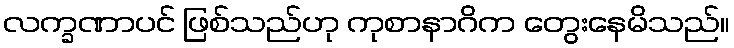
လက္ခဏာပင် ဖြစ်သည်ဟု ကုစာနာဂိက တွေးနေမိသည်။